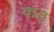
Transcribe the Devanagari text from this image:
वात्